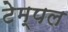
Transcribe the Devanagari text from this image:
टेम्‍पल